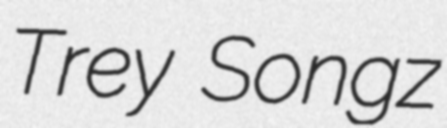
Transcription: Trey Songz